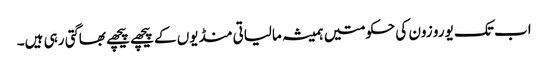
اب تک یورو زون کی حکومتیں ہمیشہ مالیاتی منڈیوں کے پیچھے پیچھے بھاگتی رہی ہیں۔